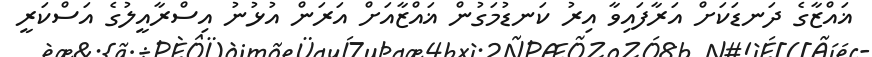
ޣައްޒާގެ ދަނޑަކަށް އަރާފައިވާ އިރު ކަނޑުމަގުން ޣައްޒާއަށް އަރަން އުޅުނު އިސްރާއީލުގެ އަސްކަރީ